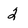
Character: 2